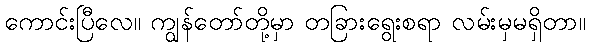
ကောင်းပြီလေ။ ကျွန်တော်တို့မှာ တခြားရွေးစရာ လမ်းမှမရှိတာ။